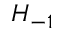
H _ { - 1 }